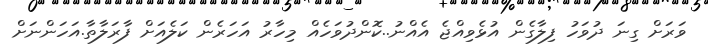
ވަރަށް ގިނަ ދުވަހު ފިލާގެން އުޅެވިއްޖެ އެއްނު..ކޮންދުވަހެއް މިހާރު އަހަރެން ކަލެއަށް ފާރަލާތާ.އަހަންނަށް